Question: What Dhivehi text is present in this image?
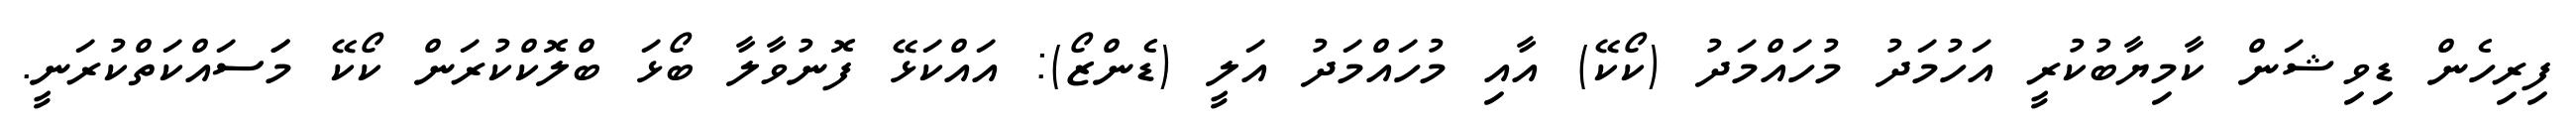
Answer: ފިރިހެން ޑިވިޝަން ކާމިޔާބުކުރީ އަހުމަދު މުހައްމަދު (ކޯކޭ) އާއި މުހައްމަދު އަލީ (ޑެންޒޯ): އައްކަޅޭ ފޮނުވާލާ ބޯޅަ ބްލޮކްކުރަން ކޯކޭ މަަސައްކަތްކުރަނީ.